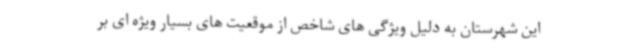
این شهرستان به دلیل ویژگی های شاخص از موقعیت های بسیار ویژه ای بر